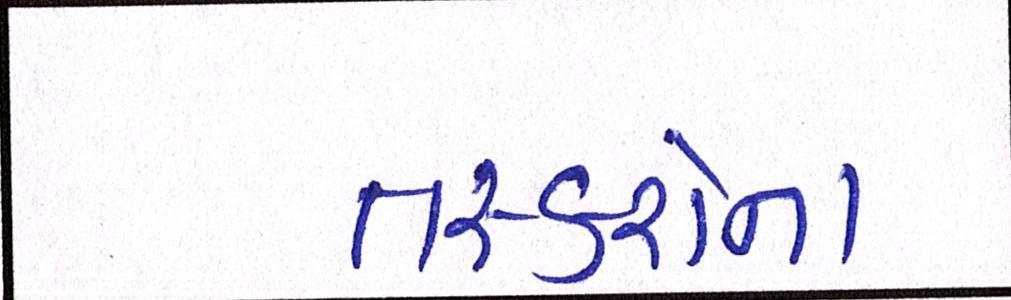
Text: તસ્કરોના